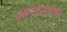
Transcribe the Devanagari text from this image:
आनंदरावांच्या